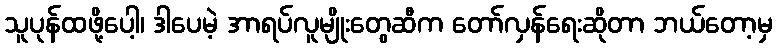
သူပုန်ထဖို့ပေါ့၊ ဒါပေမဲ့ အာရပ်လူမျိုးတွေဆီက တော်လှန်ရေးဆိုတာ ဘယ်တော့မှ